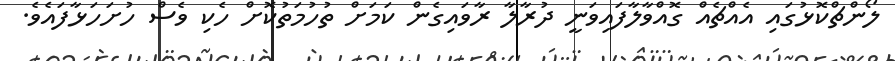
ލޯންޗްކޮޅުގައި އެއްޗެއް ގޮއްވާލާފައިވަނީ ދުރާލާ ރާވައިގެން ކަމަށް ތުހުމަތުކޮށް ހެކި ވެސް ހުށަހަޅާފައެވެ.